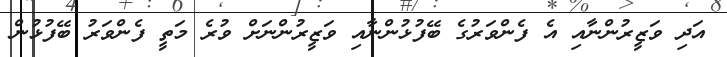
އަދި ވަޒީރުންނާއި އެ ފެންވަރުގެ ބޭފުޅުންނާއި ވަޒީރުންނަށް ވުރެ މަތީ ފެންވަރު ބޭފުޅުން